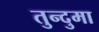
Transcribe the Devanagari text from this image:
तुन्दुमा